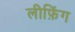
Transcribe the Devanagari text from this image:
लीफ़िंग